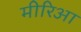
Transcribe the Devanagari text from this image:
मीरिआ